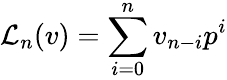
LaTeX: {{\mathcal L}_{n}}(v)=\sum_{i=0}^{n}v_{n-i}p^{i}